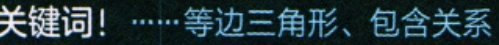
关键词！······等边三角形、包含关系